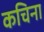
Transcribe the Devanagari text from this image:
कचिना